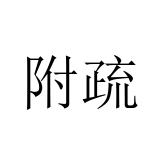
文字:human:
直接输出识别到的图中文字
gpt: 附疏